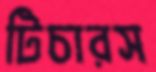
টিচারস